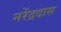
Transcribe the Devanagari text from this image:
नरेंद्रदास